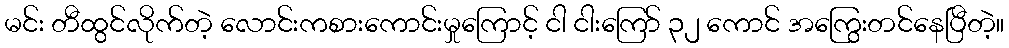
မင်း တီထွင်လိုက်တဲ့ လောင်းကစားကောင်းမှုကြောင့် ငါ ငါးကြော် ၃၂ ကောင် အကြွေးတင်နေပြီတဲ့။